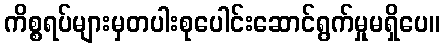
ကိစ္စရပ်များမှတပါးစုပေါင်းဆောင်ရွက်မှုမရှိပေ။